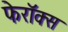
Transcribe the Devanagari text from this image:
फेरॉक्स